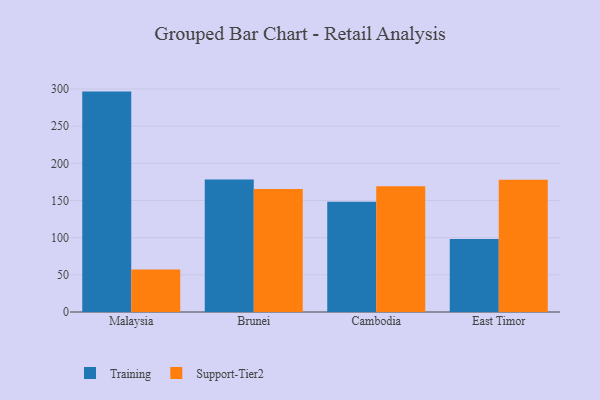
{"axis": {"x": "Country", "y": "Waste Production (Tons)"}, "legend": ["Support-Tier2", "Training"], "data": [{"x": "Malaysia", "y": 296.5, "type": "Training"}, {"x": "Malaysia", "y": 57.3, "type": "Support-Tier2"}, {"x": "Brunei", "y": 178.2, "type": "Training"}, {"x": "Brunei", "y": 165.5, "type": "Support-Tier2"}, {"x": "Cambodia", "y": 148.3, "type": "Training"}, {"x": "Cambodia", "y": 169.1, "type": "Support-Tier2"}, {"x": "East Timor", "y": 98.3, "type": "Training"}, {"x": "East Timor", "y": 177.9, "type": "Support-Tier2"}]}